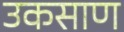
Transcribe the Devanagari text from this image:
उकसाण